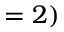
= 2 )